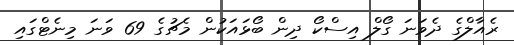
ރެއާލްގެ ދެވަނަ ގޯލް އިސްކޯ ދިން ބޯޅައަކުން މެޗުގެ 69 ވަނަ މިނެޓްގައި